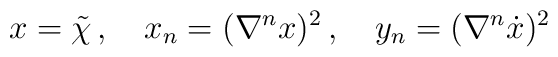
x=\tilde{\chi}\,,\quad x_n=(\nabla ^nx)^2 \,,\quad y_n =(\nabla ^n\dot{x})^2